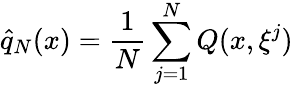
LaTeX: {\hat{q}}_{N}(x)={\frac{1}{N}}\sum_{j=1}^{N}Q(x,\xi^{j})